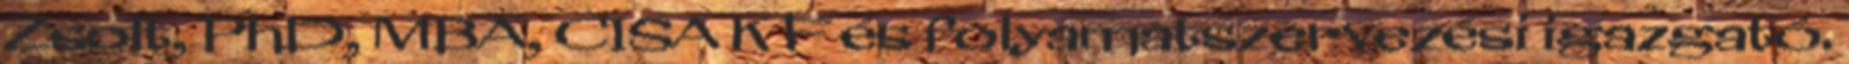
Zsolt, PhD, MBA, CISA K F és folyamatszervezési igazgató.